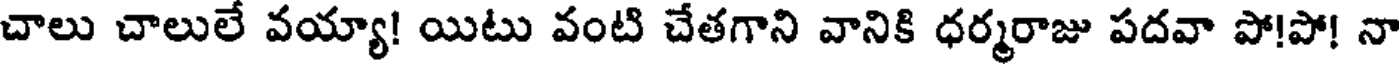
చాలు చాలులే వయ్యా! యిటు వంటి చేతగాని వానికి ధర్మరాజు పదవా పో!పో! నా